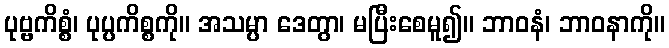
ပုဗ္ဗကိစ္စံ၊ ပုပ္ပကိစ္စကို။ အသမ္ပာ ဒေတွာ၊ မပြီးစေမူ၍။ ဘာဝနံ၊ ဘာဝနာကို။